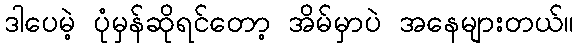
ဒါပေမဲ့ ပုံမှန်ဆိုရင်တော့ အိမ်မှာပဲ အနေများတယ်။